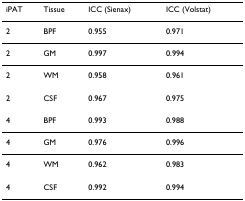
<table><thead><tr><td><b>iPAT</b></td><td><b>Tissue</b></td><td><b>ICC (Sienax)</b></td><td><b>ICC (Volstat)</b></td></tr></thead><tbody><tr><td>2</td><td>BPF</td><td>0.955</td><td>0.971</td></tr><tr><td>2</td><td>GM</td><td>0.997</td><td>0.994</td></tr><tr><td>2</td><td>WM</td><td>0.958</td><td>0.961</td></tr><tr><td>2</td><td>CSF</td><td>0.967</td><td>0.975</td></tr><tr><td>4</td><td>BPF</td><td>0.993</td><td>0.988</td></tr><tr><td>4</td><td>GM</td><td>0.976</td><td>0.996</td></tr><tr><td>4</td><td>WM</td><td>0.962</td><td>0.983</td></tr><tr><td>4</td><td>CSF</td><td>0.992</td><td>0.994</td></tr></tbody></table>